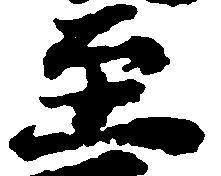
至